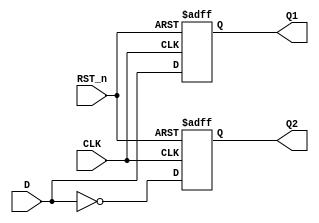
`timescale 1ns / 1ns
//////////////////////////////////////////////////////////////////////////////////
// Company: 
// Engineer: 
// 
// Design Name: 
// Module Name: pcreg
// Project Name: 
// Target Devices: 
// Tool Versions: 
// Description: 
// 
// Dependencies: 
// 
// Revision:
// Revision 0.01 - File Created
// Additional Comments:
// 
//////////////////////////////////////////////////////////////////////////////////

module Asynchronous_D_FF(
    input CLK,
    input D,
    input RST_n,
    output reg Q1,
    output reg Q2
    );
    always@(posedge CLK or negedge RST_n)
    begin
    if(RST_n==0)
    begin
    Q1=0;
    Q2=1;
    end
    else
    begin
    Q1=D;
    Q2=~D;
    end
    end
endmodule

module pcreg(
    input clk,   //1PC 
    input rst,   //1PC //enarst 
    input ena,   //1,PCdata_in // 
    input [31:0] data_in, //32 
    output [31:0] data_out   //32 PC  // 
    );
    wire Q2;
    genvar i;    
    for(i=0;i<32;i=i+1)//moduleprimitive
        Asynchronous_D_FF every(clk&ena,data_in[i],~rst,data_out[i],Q2);
endmodule